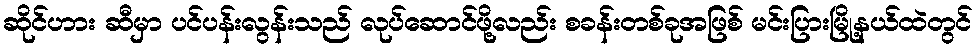
ဆိုင်ဟား ဆီမှာ ပင်ပန်းလွန်းသည် လုပ်ဆောင်ဖို့လည်း စခန်းတစ်ခုအဖြစ် မင်းပြားမြို့နယ်ထဲတွင်